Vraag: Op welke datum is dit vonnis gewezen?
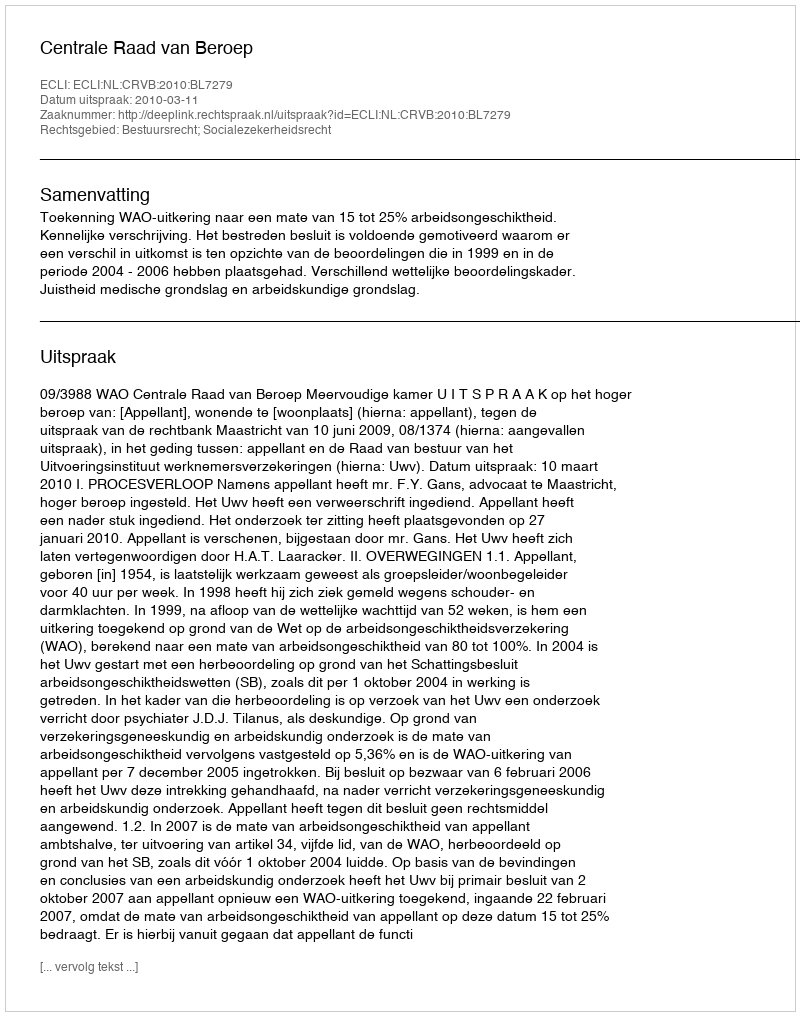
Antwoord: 2010-03-11